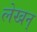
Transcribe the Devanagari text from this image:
लेखन्